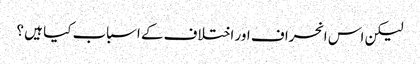
لیکن اس انحراف اور اختلاف کے اسباب کیا ہیں ؟